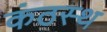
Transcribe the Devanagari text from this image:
कंठस्‍थ